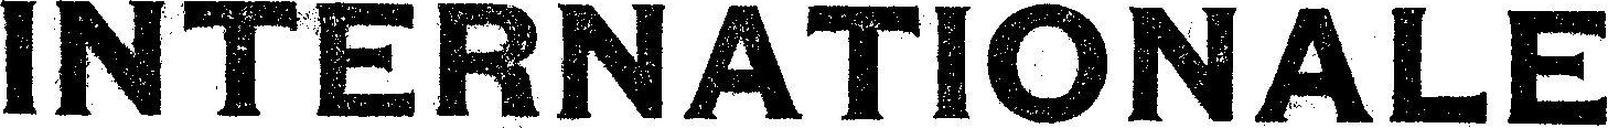
INTERNATIONALE